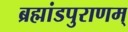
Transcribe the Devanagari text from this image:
ब्रह्मांडपुराणम्